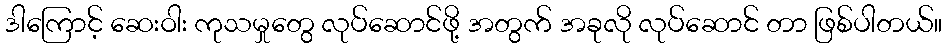
ဒါကြောင့် ဆေးဝါး ကုသမှုတွေ လုပ်ဆောင်ဖို့ အတွက် အခုလို လုပ်ဆောင် တာ ဖြစ်ပါတယ်။